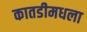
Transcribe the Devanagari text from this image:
कातडीमधला